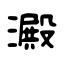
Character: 澱